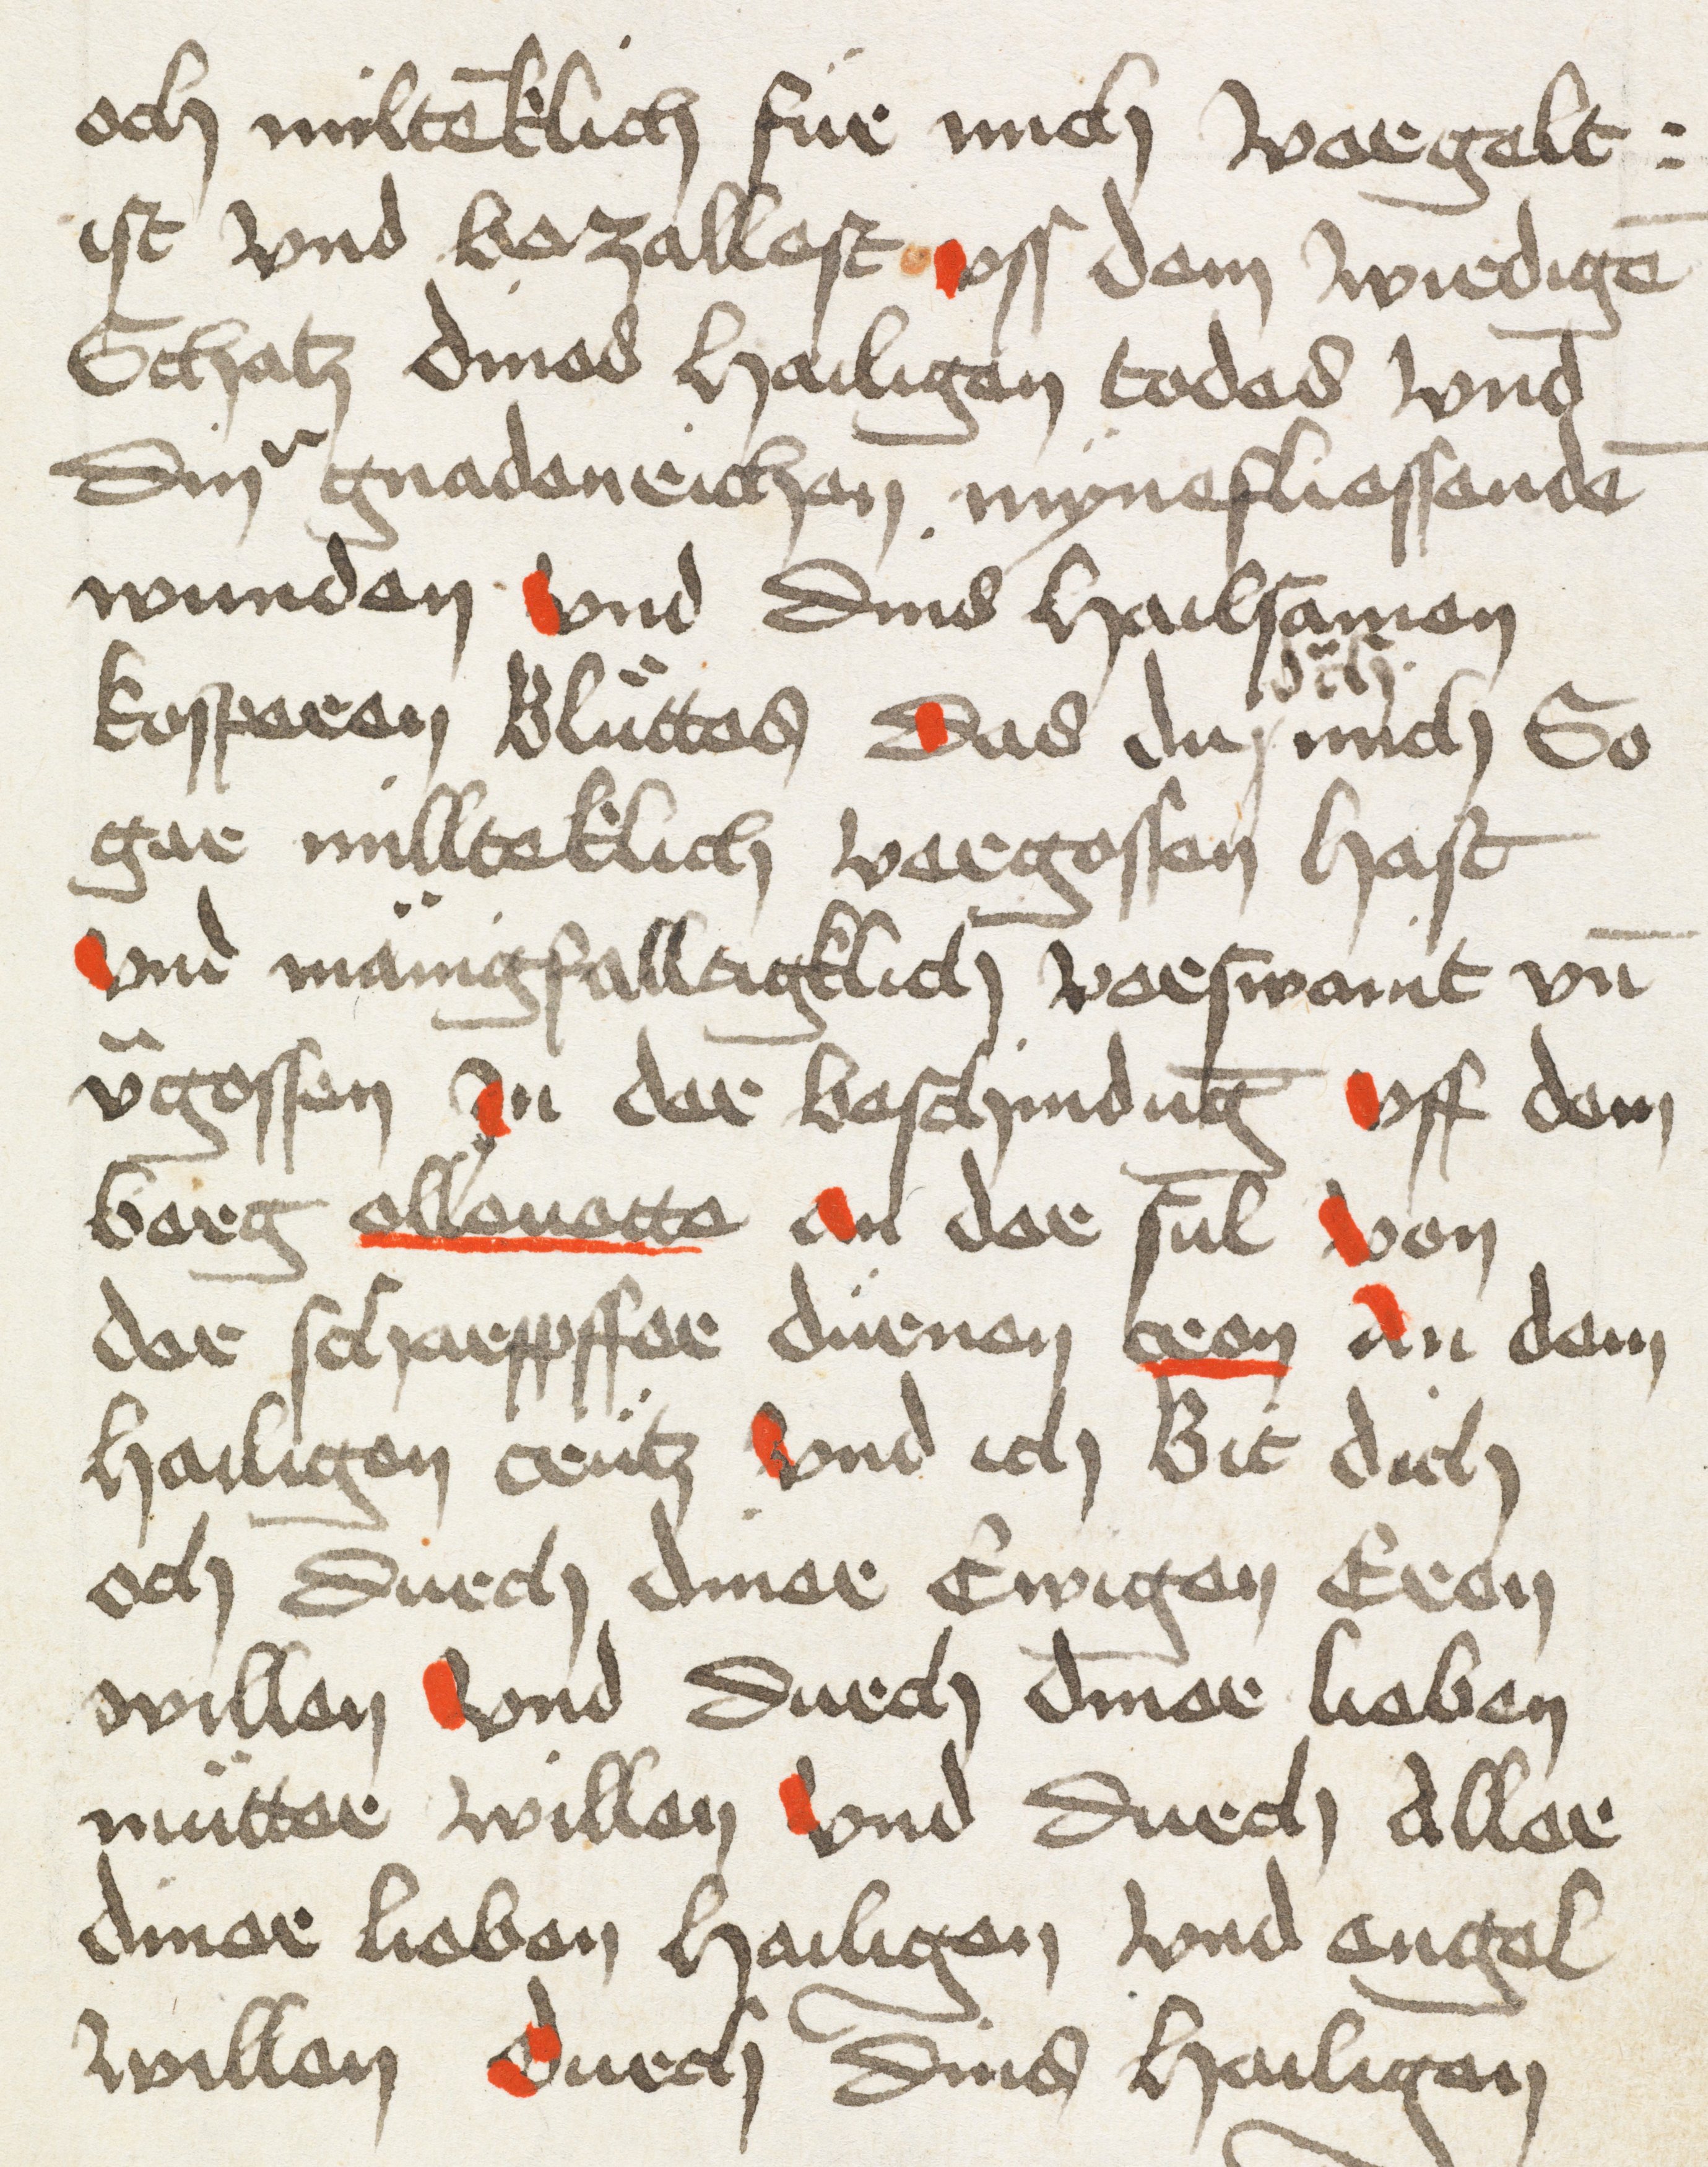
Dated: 1498–1498